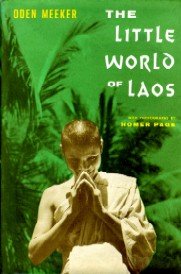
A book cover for The Little World of Laos; Oden Meeker; Travel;